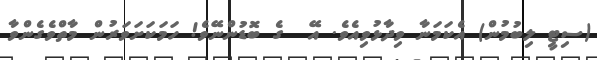
(ސިޓީ ލިބުމުން) އެކަމަނާ ވިދާޅުވިއެވެ. އޭ  ގެ ބޮޑުންނޭވެ! ހަމަކަށަވަރުން މާތްވެގެންވާ